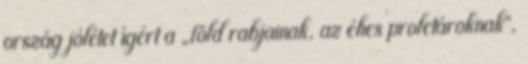
ország jólétet ígért a „föld rabjainak, az éhes proletároknak”,